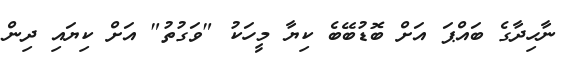
ނާހިދާގެ ބައްޕަ އަށް ބޮޑުބޭބެ ކިޔާ މީހަކު "ވަގުތު" އަށް ކިޔައި ދިން